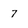
Character: 7